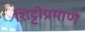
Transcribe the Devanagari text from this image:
शिट्टीप्रमाणे